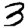
Digit: 3